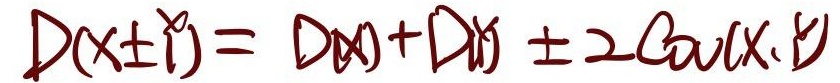
\(D(X\pm Y)=D(X)+D(Y)\pm 2\text{Cov}(X,Y)\)